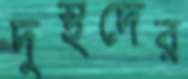
দুস্থদের